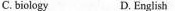
C. biclogy D. English